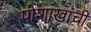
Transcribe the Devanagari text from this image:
पोशाखांची